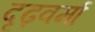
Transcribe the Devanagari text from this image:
दृढ़वर्मा